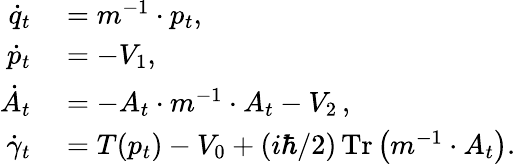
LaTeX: \begin{array}{rl}{\dot{q}_{t}}&{{}=m^{-1}\cdot p_{t},}\\ {\dot{p}_{t}}&{{}=-V_{1},}\\ {\dot{A}_{t}}&{{}=-A_{t}\cdot m^{-1}\cdot A_{t}-V_{2}\, ,}\\ {\dot{\gamma}_{t}}&{{}=T(p_{t})-V_{0}+(i\hbar/2)\operatorname*{Tr}\left(m^{-1}\cdot A_{t}\right).}\end{array}